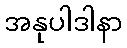
အနုပါဒါနာ